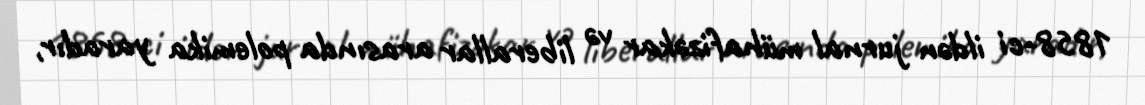
1858-ci ildən jurnal mühafizəkar və liberallar arasında polemika yaradır,